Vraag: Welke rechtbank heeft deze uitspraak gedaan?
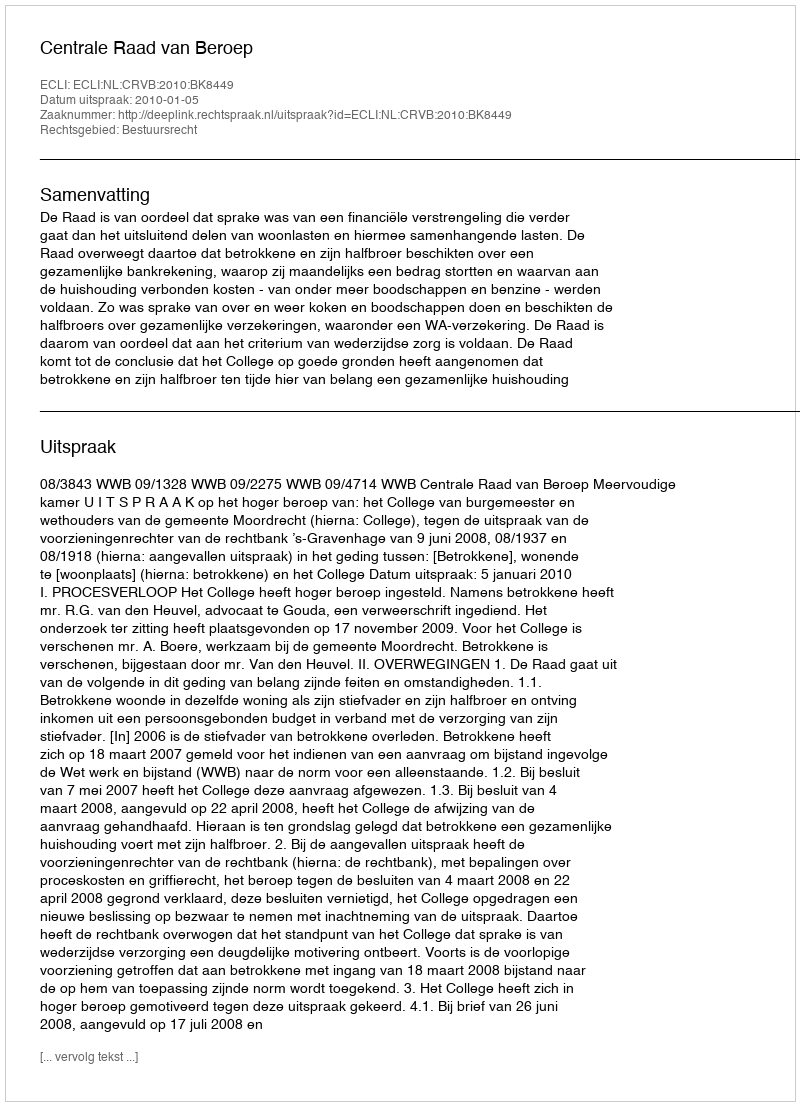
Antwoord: Centrale Raad van Beroep